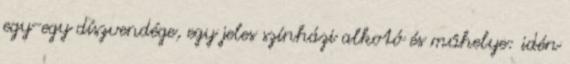
egy-egy díszvendége, egy jeles színházi alkotó és műhelye: idén